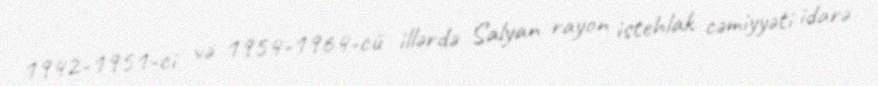
1942-1951-ci və 1954-1964-cü illərdə Salyan rayon istehlak cəmiyyəti idarə